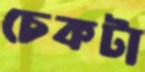
চেকটা